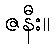
ဇနီး။